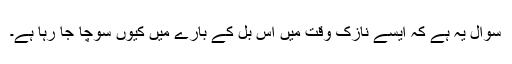
سوال یہ ہے کہ ایسے نازک وقت میں اس بل کے بارے میں کیوں سوچا جا رہا ہے۔